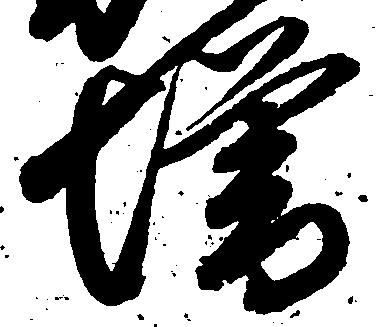
増